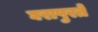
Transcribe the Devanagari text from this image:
घरापुरते